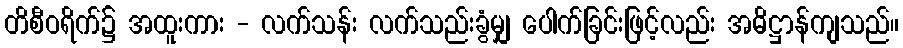
တိစီဝရိက်၌ အထူးကား - လက်သန်း လက်သည်းခွံမျှ ပေါက်ခြင်းဖြင့်လည်း အဓိဋ္ဌာန်ကျသည်။